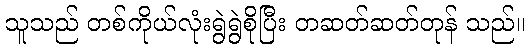
သူသည် တစ်ကိုယ်လုံးရွဲရွဲစိုပြီး တဆတ်ဆတ်တုန် သည်။